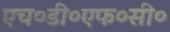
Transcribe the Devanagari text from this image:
एच०डी०एफ०सी०